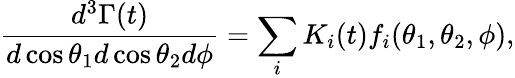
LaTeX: \frac{d^{3}\Gamma(t)}{d\cos\theta_{1}d\cos\theta_{2}d\phi}=\sum_{i}K_{i}(t)f_{i}(\theta_{1},\theta_{2},\phi),